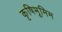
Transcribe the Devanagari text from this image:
कृषिभूमिम